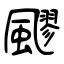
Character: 飂